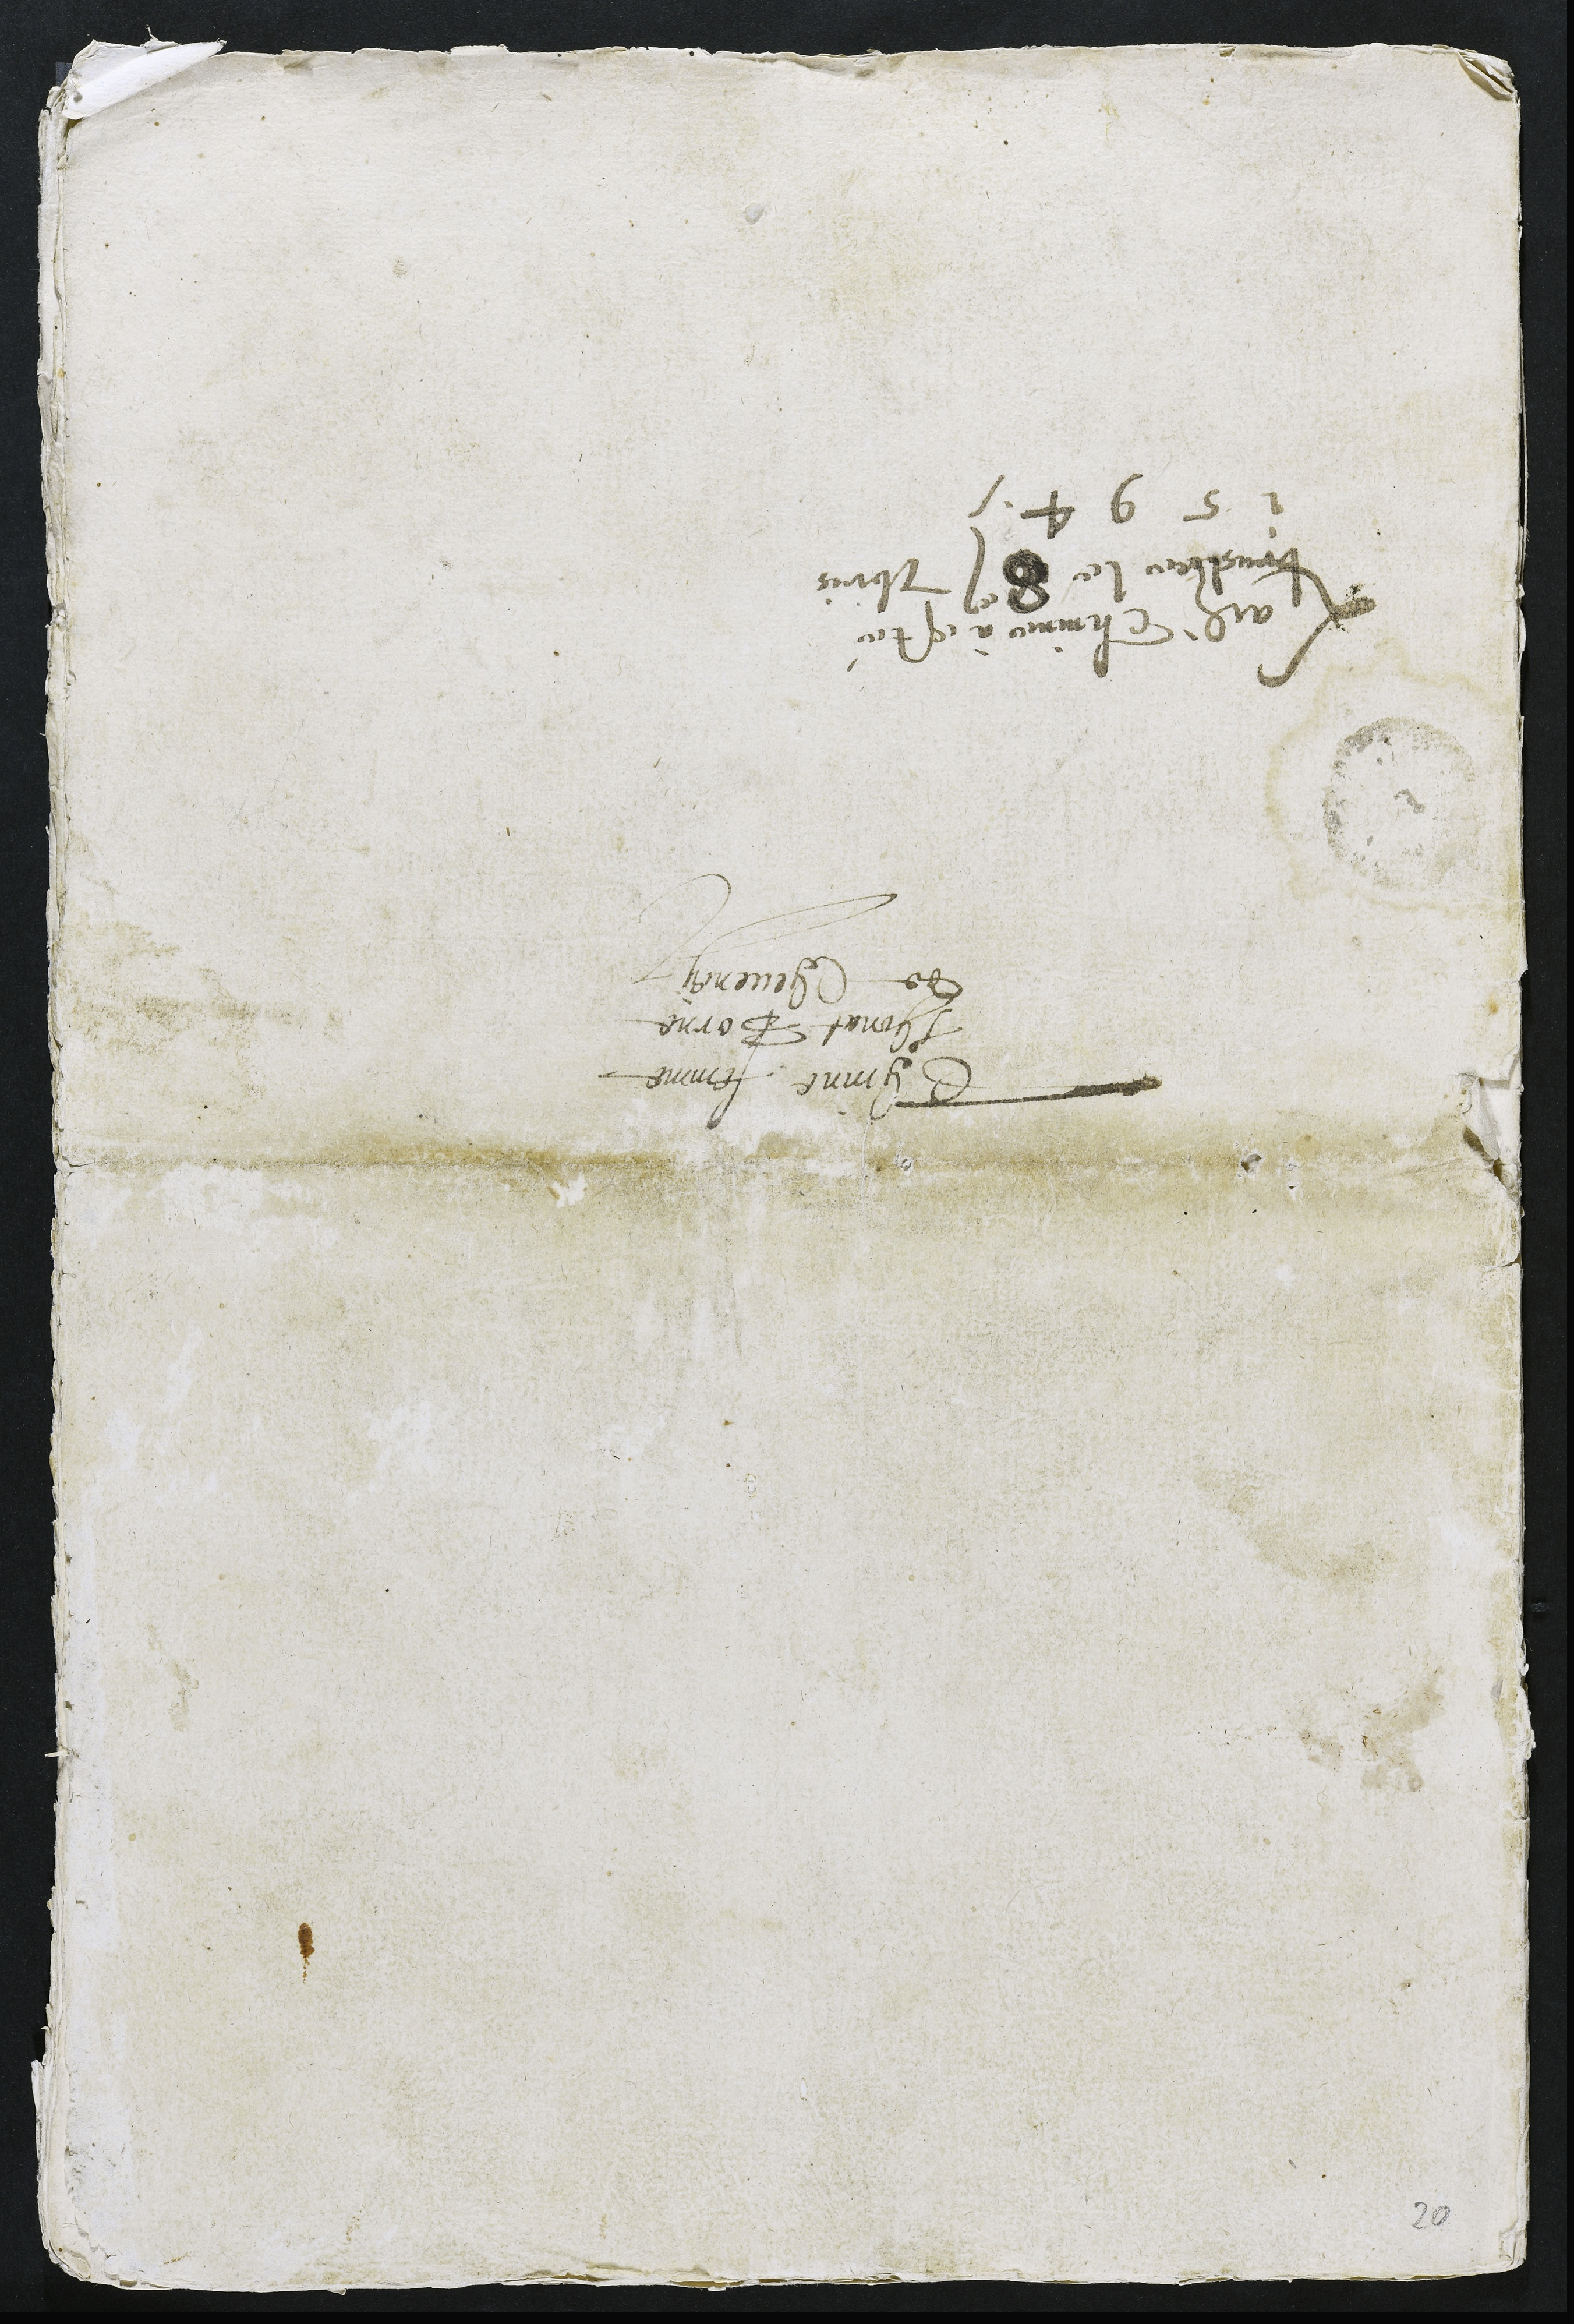
Thinne femme
Thonat Borne
de Cheveney
Ladite Thinne à esté
bruslee le 8e 7bris
1594
20